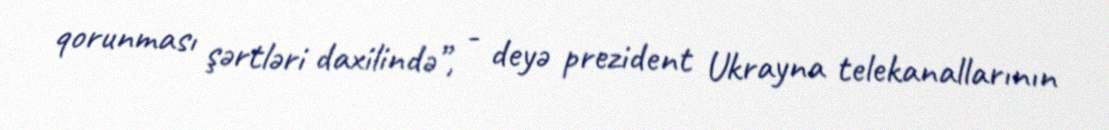
qorunması şərtləri daxilində”, - deyə prezident Ukrayna telekanallarının